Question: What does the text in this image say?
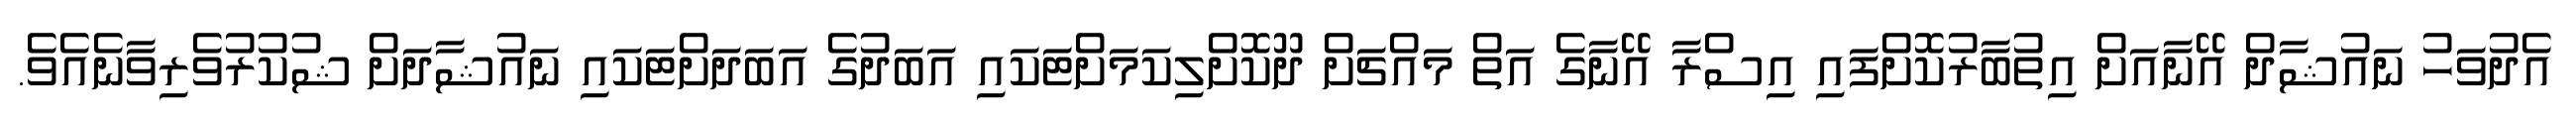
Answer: އެދުވަހު ނައުޝާދް އޭނާއަށް އިތުބާރުކޮށްފައި އިސްރާ އޭނާގެ އަތް މައްޗަށް ދޫކޮށްލިކަމަށްޓަކައި އަބަދުގެ އަބަދަށްޓަކައި ނައުޝާދަށް ޝުކުރުވެރިވާނެއެވެ.